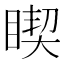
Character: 𱳃